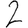
Digit: 2